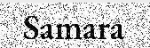
Samara